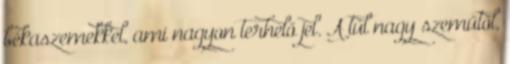
békaszemekkel, ami nagyon terhelő jel. A túl nagy szeműtől,